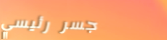
جسر رئيسي